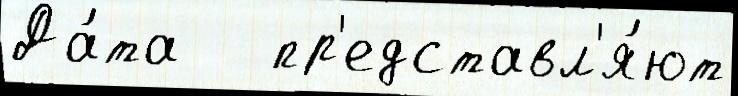
Да́та   пр'едставл'я́ют